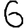
Digit: 6